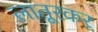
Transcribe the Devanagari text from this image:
लातूरकर